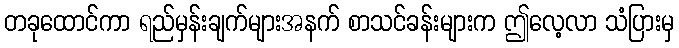
တခုထောင်ကာ ရည်မှန်းချက်များအနက် စာသင်ခန်းများက ဤလေ့လာ သံပြားမှ